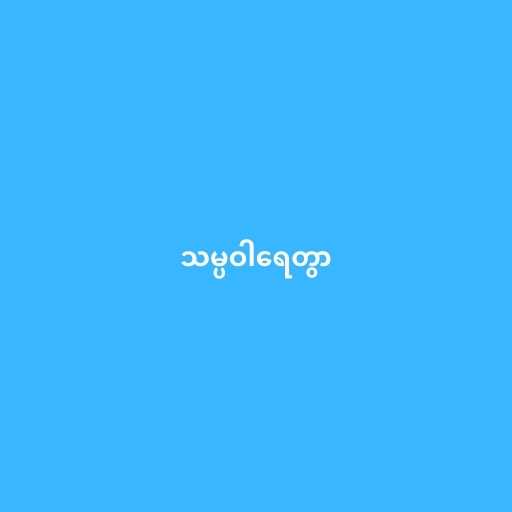
သမ္ပဝါရေတွာ